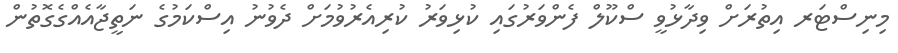
މިނިސްޓަރ އިތުރަށް ވިދާޅުވީ ސްކޫލް ފެންވަރުގައި ކުޅިވަރު ކުރިއެރުވުމަށް ދެވުނު އިސްކަމުގެ ނަތީޖާއެއްގެގޮތުން